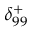
{ \delta } _ { 9 9 } ^ { + }